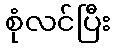
စုံလင်ပြီး